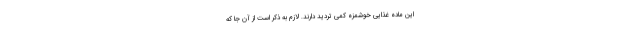
این ماده غذایی خوشمزه کمی تردید دارند. لازم به ذکر است از آن جا که